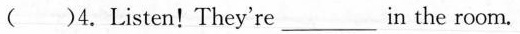
()4.Listen！They're___in the room.